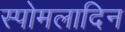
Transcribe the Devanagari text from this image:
स्पोमलादिन